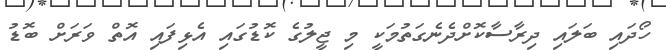
ހޯދައި ބަލައި ދިރާސާކޮށްދެނެގަތުމަކީ މި ޖީލުގެ ކޮޑުގައި އެޅިފައި އޮތް ވަރަށް ބޮޑު